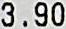
3.90